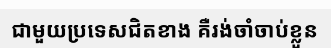
ជាមួយប្រទេសជិតខាង គឺរង់ចាំចាប់ខ្លួន